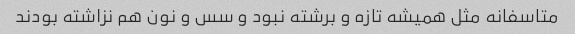
متاسفانه مثل همیشه تازه و برشته نبود و سس و نون هم نزاشته بودند